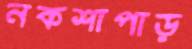
নকশাপাড়